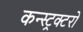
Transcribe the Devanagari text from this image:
कन्स्ट्रक्टरों